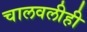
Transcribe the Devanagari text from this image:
चालवलीही